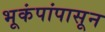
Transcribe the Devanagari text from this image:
भूकंपांपासून